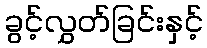
ခွင့်လွှတ်ခြင်းနှင့်